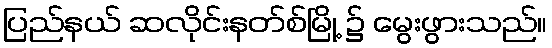
ပြည်နယ် ဆလိုင်းနတ်စ်မြို့ ၌ မွေးဖွားသည်။